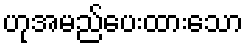
ဟုအမည်ပေးထားသော